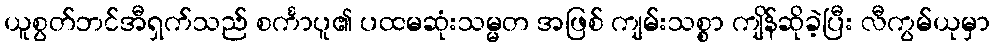
ယူစွတ်ဘင်အီရှက်သည် စင်္ကာပူ၏ ပထမဆုံးသမ္မတ အဖြစ် ကျမ်းသစ္စာ ကျိန်ဆိုခဲ့ပြီး လီကွမ်ယုမှာ